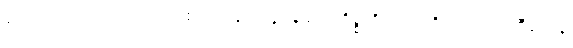
ကောင်းကင်ယံ အလင်းညစ်ညမ်းမှု လျှော့ချရေးကိစ္စကို သက်ဆိုင်ရာ ကုမ္ပဏီတွေနဲ့